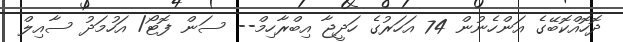
ދޮހޮއްކޮބޭގެ އަންހެނުން 74 އަހަރުގެ ހަދީޖާ އިބްރާހިމް-- ސަން ފޮޓޯ/ އަހުމަދު ސާއިލް